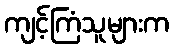
ကျင့်ကြံသူများက